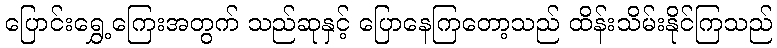
ပြောင်းရွှေ့ကြေးအတွက် သည်ဆုနှင့် ပြောနေကြတော့သည် ထိန်းသိမ်းနိုင်ကြသည်